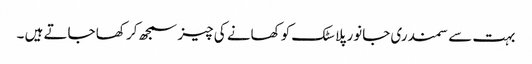
بہت سے سمندری جانور پلاسٹک کو کھانے کی چیز سمجھ کر کھا جاتے ہیں ۔